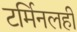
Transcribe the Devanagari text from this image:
टर्मिनलही